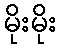
မိုးမိုး